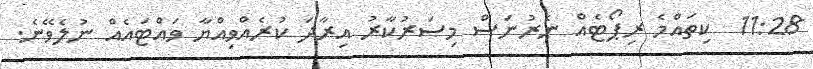
11:28  ކިތައްމެ ރިޕޯޓެއް ނެރުނަސް މިސަރުކާރު އިރާދަ ކުރެއްވިއްޔާ ވައްޓައެއް ނުލެވޭނެ.